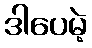
ဒါပေမဲ့